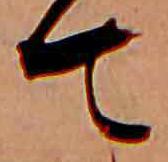
て